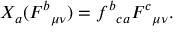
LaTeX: X _ { a } ( F ^ { b } { } _ { \mu \nu } ) = f ^ { b } { } _ { c a } F ^ { c } { } _ { \mu \nu } .